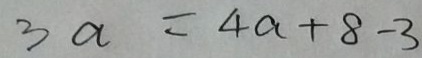
3 a = 4 a + 8 - 3